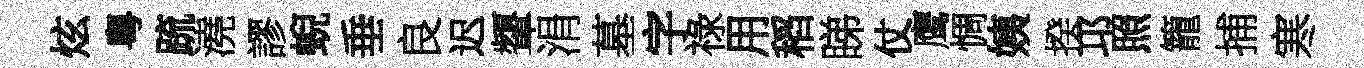
炫粵䟽澆謬蜺垂良迟顰涓墓字祿用稻睇仗鹰惆姨揆邛照籠捕寒